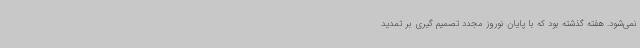
نمی‌شود. هفته گذشته بود که با پایان نوروز مجدد تصمیم گیری بر تمدید